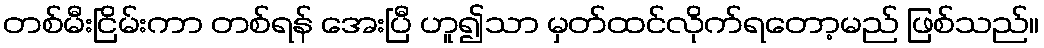
တစ်မီးငြိမ်းကာ တစ်ရန် အေးပြီ ဟူ၍သာ မှတ်ထင်လိုက်ရတော့မည် ဖြစ်သည်။